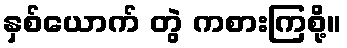
နှစ်ယောက် တွဲ ကစားကြစို့။